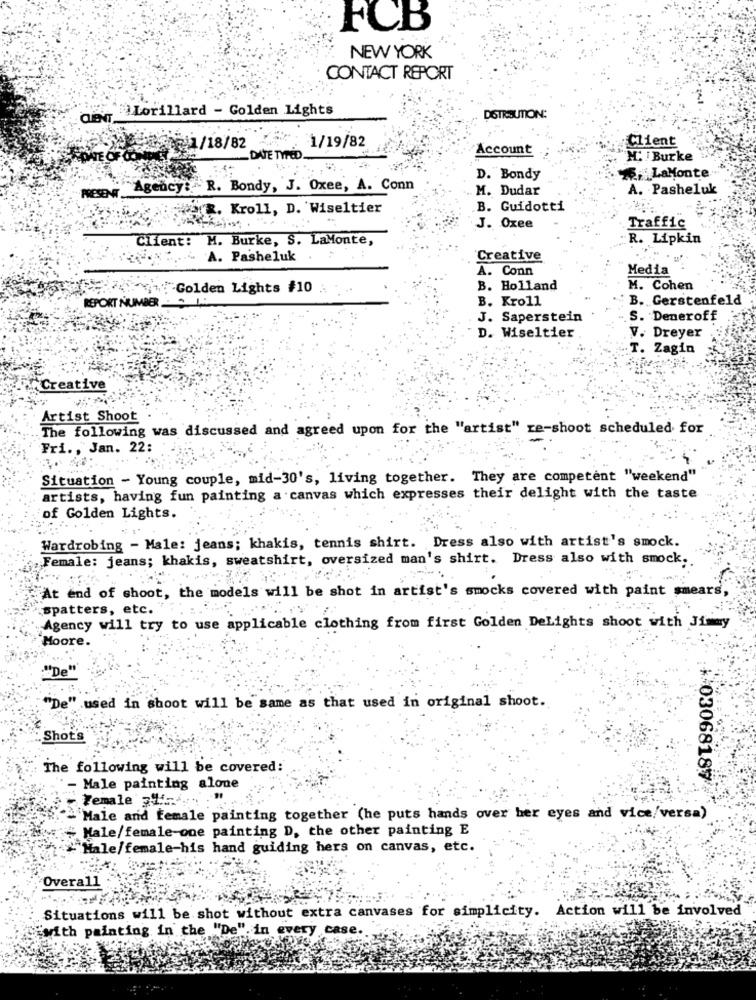
FCB
NEW YORK
CONTACT REPORT
des Lorillard - Golden Lights
DOTROUTION:
Client
@il/18/82
1/19/82
Account
DATE TYPED .
H: Burke
D. Bondy
,LaMonte
PRESENT ...
Agency: R. Bondy, J. Oxee, A. Conn
M. Dudar
A. Pasheluk
werR. Kroll, D. Wiseltier
B. Guidotti
Traffic
J. Oxee
Client: M. Burke, S. LaMonte,
R. Lipkin
A. Pasheluk .
Creative
A. Conn
Media
+:Golden Lights #10
B. Holland
M. Cohen
B. Kroll
B. Gerstenfeld
REPORT NUMBER
J. Saperstein
S. Deneroff
D. Wiseltier
A
V. Dreyer
T. Zagin
Creative
Artist Shoot
The following was discussed and agreed upon for the "artist" re-shoot scheduled for
Fri ., Jan. 22:
Situation - Young couple, mid-30's, living together. They are competent "weekend"
artists, having fun painting a canvas which expresses their delight with the taste
of Golden Lights.
Wardrobing - Male: jeans; khakis, tennis shirt. Dress also with artist's smock.
Female: jeans; khakis, sweatshirt, oversized man's shirt. Dress also with smock ..
At end of shoot, the models will be shot in artist's smocks covered with paint smears,
spatters, etc.
Agency will try to use applicable clothing from first Golden DeLights shoot with Jimmy
Moore
"De
"De" used in shoot will be same as that used in original shoot.
Shot's
The following will be covered:
+ 03068187
- Male painting alone
Female lf4.
Male and Female painting together (he puts hands over her eyes and vice/versa)
: # Male/female-one painting D, the other painting E
#~Male/female-his hand guiding hers on canvas, etc.
Overall
Situations will be shot without extra canvases for simplicity. Action will be involved
"with painting in the "De", in every case.